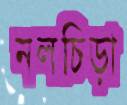
নলচিড়া